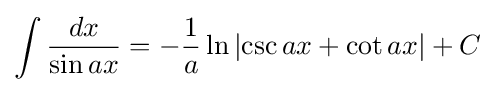
\int {\frac {dx}{\sin ax}}=-{\frac {1}{a}}\ln {\left|\csc {ax}+\cot {ax}\right|}+C